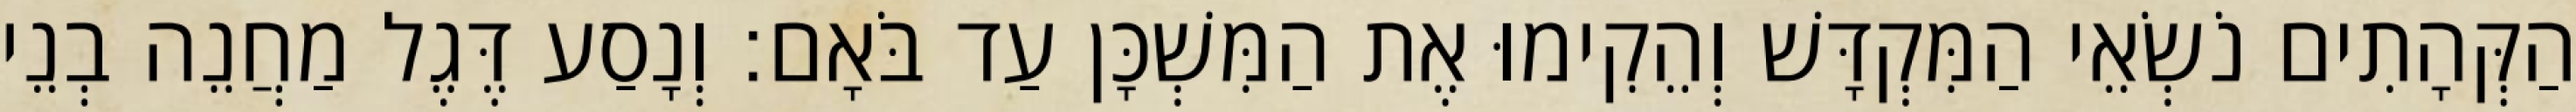
הַקְּהָתִים נֹשְׂאֵי הַמִּקְדָּשׁ וְהֵקִימוּ אֶת הַמִּשְׁכָּן עַד בֹּאָם׃ וְנָסַע דֶּגֶל מַחֲנֵה בְנֵי